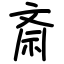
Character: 斎